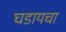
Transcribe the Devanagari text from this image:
घडायचा